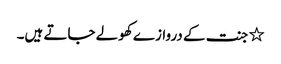
٭ جنت کے دروازے کھولے جاتے ہیں۔